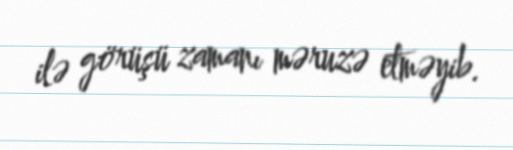
ilə görüşü zamanı məruzə etməyib.